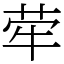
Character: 荦